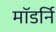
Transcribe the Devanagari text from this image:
मॉडर्नि